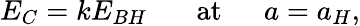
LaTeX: E_{C}=kE_{BH}\ \ \ \ \ \ \ \mathrm{at}\ \ \ \ \ \ a=a_{H},